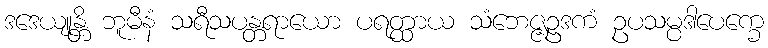
ဒဒေယျုန္တိ ဘူမီနံ သရီသပန္တရာယော ပရတ္ထာယ သံဘေဇ္ဇဥဒကံ ဥပသမ္ပဒါပေက္ခေ